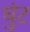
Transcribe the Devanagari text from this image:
घुंट